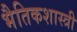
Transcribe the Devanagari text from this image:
भैतिकशास्त्री